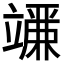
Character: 𬔨